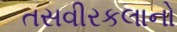
તસવીરકલાનો